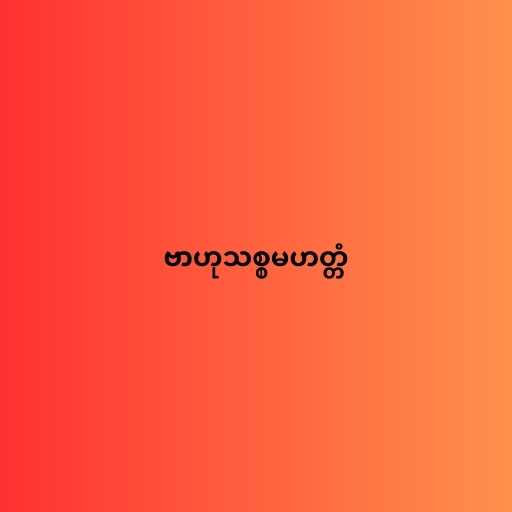
ဗာဟုသစ္စမဟတ္တံ